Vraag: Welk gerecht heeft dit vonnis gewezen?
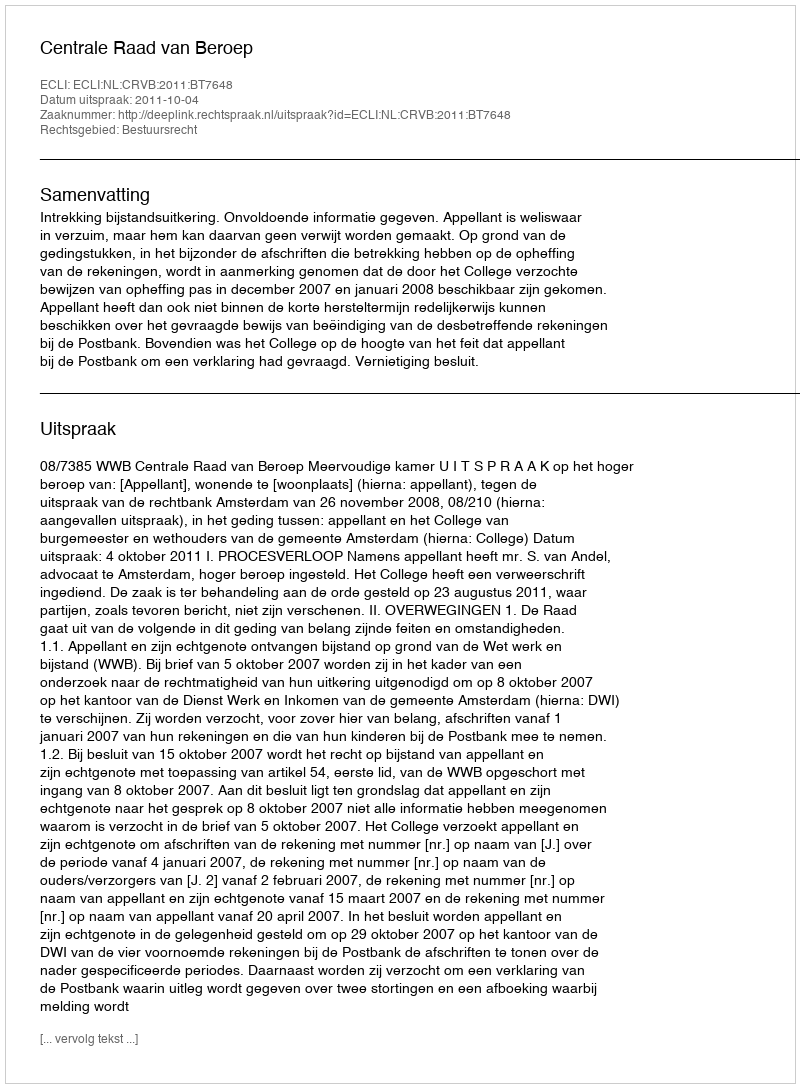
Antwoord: Centrale Raad van Beroep